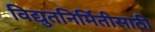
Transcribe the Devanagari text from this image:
विद्युतनिर्मितीसाठी